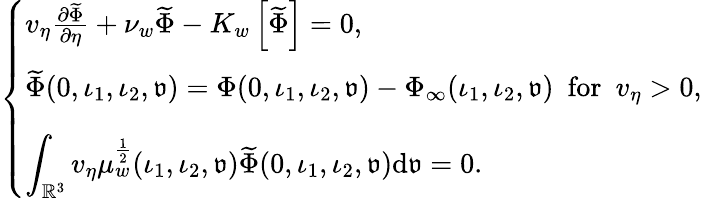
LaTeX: \begin{array}{r}{\left\{ \begin{array}{l}{v_{\eta}\frac{\partial\widetilde{\Phi}}{\partial\eta}+\nu_{w}\widetilde{\Phi}-K_{w}\left[\widetilde{\Phi}\right]=0,}\\ {\rule{0ex}{1.2em}\widetilde{\Phi}(0,\iota_{1},\iota_{2},{\mathfrak{v}})=\Phi(0,\iota_{1},\iota_{2},{\mathfrak{v}})-\Phi_{\infty}(\iota_{1},\iota_{2},{\mathfrak{v}})\ \ \mathrm{for}\ \ v_{\eta}>0,}\\ {\rule{0ex}{2em}\displaystyle\int_{\mathbb{R}^{3}}v_{\eta}\mu_{w}^{\frac{1}{2}}(\iota_{1},\iota_{2},{\mathfrak{v}})\widetilde{\Phi}(0,\iota_{1},\iota_{2},{\mathfrak{v}})\mathrm{d}{\mathfrak{v}}=0.}\end{array}\right.}\end{array}